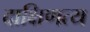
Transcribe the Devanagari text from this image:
दाक्षिणत्य